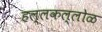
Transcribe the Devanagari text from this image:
हल्लकल्लोळ